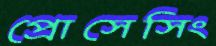
প্রোসেসিং